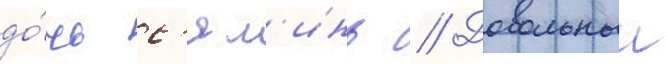
до́чь с'ял'инь // Довольныи